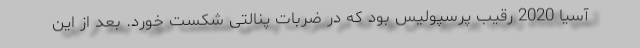
آسیا 2020 رقیب پرسپولیس بود که در ضربات پنالتی شکست خورد. بعد از این